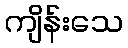
ကျိန်းသေ